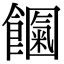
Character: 𩟍